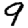
Digit: 9